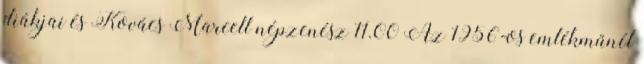
diákjai és Kovács Marcell népzenész 11.00 Az 1956-os emlékműnél